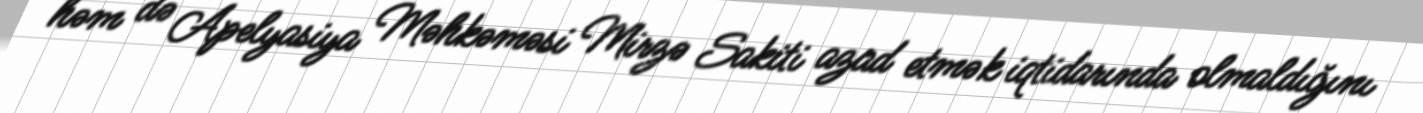
həm də Apelyasiya Məhkəməsi Mirzə Sakiti azad etmək iqtidarında olmaldığını